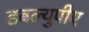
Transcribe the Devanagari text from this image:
डबल्युपीए